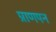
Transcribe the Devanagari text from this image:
प्राणपन